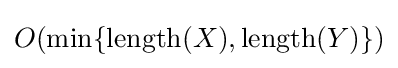
O(\min\{\operatorname {length} (X),\operatorname {length} (Y)\})